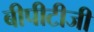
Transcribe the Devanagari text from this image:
बीपीटीजी